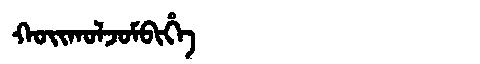
Manchu: ᡴᠣᡳᡴᠣᠯᠵᠣᠮᠪᡳᡥᡝ
Romanization: KOIKOLJOMBIHE